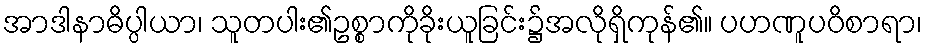
အာဒါနာဓိပ္ပါယာ၊ သူတပါး၏ဥစ္စာကိုခိုးယူခြင်း၌အလိုရှိကုန်၏။ ပဟဏူပဝိစာရာ၊